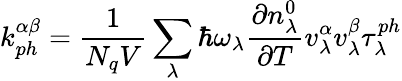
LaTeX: k_{ph}^{\alpha\beta}=\frac{1}{N_{q}V}\sum_{\lambda}{\hbar}{\omega_{\lambda}}{\frac{\partial{n_{\lambda}^{0}}}{\partial{T}}}{v_{\lambda}^{\alpha}}{v_{\lambda}^{\beta}}\tau_{\lambda}^{ph}